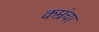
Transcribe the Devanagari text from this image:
कम्रंचा